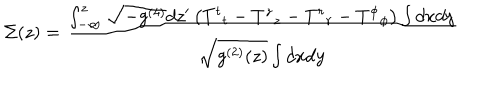
\Sigma ( z ) = \frac { \int _ { - \infty } ^ { z } \sqrt { - g ^ { ( 4 ) } } d z ^ { \prime } \left( { T ^ { t } } _ { t } - { T ^ { z } } _ { z } - { T ^ { r } } _ { r } - { T ^ { \phi } } _ { \phi } \right) \int d x d y } { \sqrt { g ^ { ( 2 ) } ( z ) } \int d x d y }